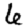
Digit: 6